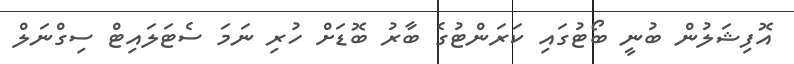
އޮފިޝަލުން ބުނީ ބޯޓުގައި ކަރަންޓުގެ ބާރު ބޮޑަށް ހުރި ނަމަ ސެޓަލައިޓް ސިގްނަލް